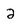
Character: 2